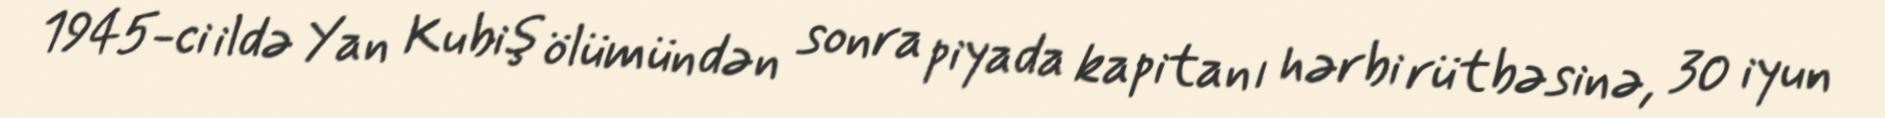
1945-ci ildə Yan Kubiş ölümündən sonra piyada kapitanı hərbi rütbəsinə, 30 iyun